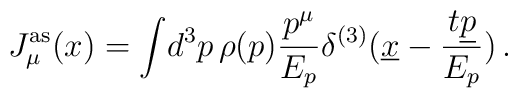
J^{\mathrm{as}}_\mu(x)=\int\!d^3p\,\rho(p)\frac{p^\mu}{E_p}\delta^{(3)}(\underline{x}-\frac{t\underline{p}}{E_p})\,.